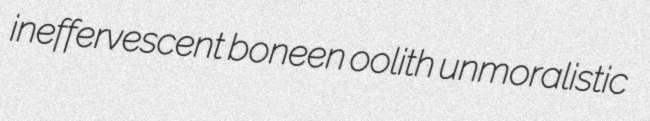
ineffervescent boneen oolith unmoralistic